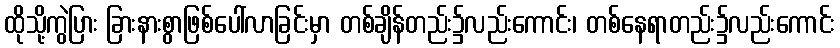
ထိုသို့ကွဲပြား ခြားနားစွာဖြစ်ပေါ်လာခြင်းမှာ တစ်ချိန်တည်း၌လည်းကောင်း၊ တစ်နေရာတည်း၌လည်းကောင်း